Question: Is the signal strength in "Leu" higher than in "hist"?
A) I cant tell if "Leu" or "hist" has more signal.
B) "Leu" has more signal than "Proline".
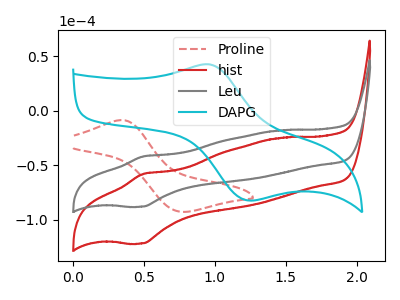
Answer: <think>The red dashed curve "Proline" has an anodic peak at (0.35V, -8.45uA) and a cathodic peak at (0.75V, -92.70uA). The red curve "hist" has an anodic peak at (0.50V, -57.85uA) and a cathodic peak at (0.50V, -121.75uA). The gray curve "Leu" has an anodic peak at (0.50V, -41.80uA) and a cathodic peak at (0.50V, -87.95uA). The cyan curve "DAPG" has an anodic peak at (0.95V, 42.55uA) and a cathodic peak at (1.25V, -82.35uA).
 All the peaks in "Leu" have a peak in "hist" at the same potential.</think>
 <answer>A) I cant tell if "Leu" or "hist" has more signal.</answer>
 <eval>A</eval>